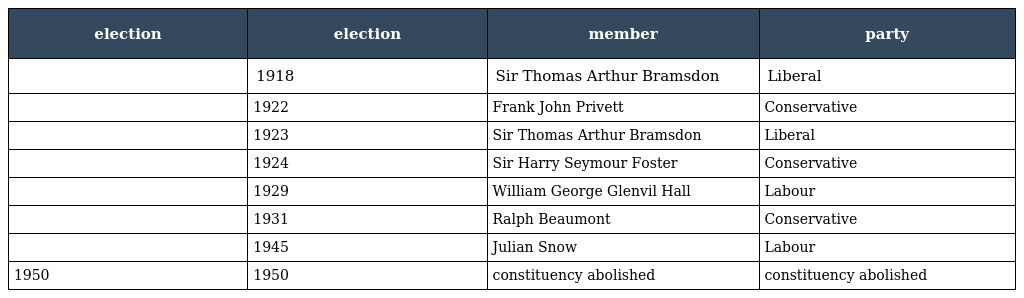
| election | election | member | party |
 | --- | --- | --- | --- |
 |  | 1918 | Sir Thomas Arthur Bramsdon | Liberal |
 |  | 1922 | Frank John Privett | Conservative |
 |  | 1923 | Sir Thomas Arthur Bramsdon | Liberal |
 |  | 1924 | Sir Harry Seymour Foster | Conservative |
 |  | 1929 | William George Glenvil Hall | Labour |
 |  | 1931 | Ralph Beaumont | Conservative |
 |  | 1945 | Julian Snow | Labour |
 | 1950 | 1950 | constituency abolished | constituency abolished |